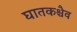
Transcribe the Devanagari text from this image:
घातकश्चैव